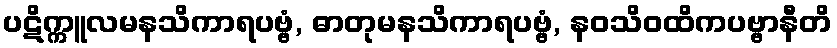
ပဋိက္ကူလမနသိကာရပဗ္ဗံ, ဓာတုမနသိကာရပဗ္ဗံ, နဝသိဝထိကပဗ္ဗာနီတိ